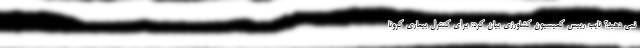
نمی دهید؟ نایب رییس کمیسیون کشاورزی بیان کرد: برای کنترل بیماری کرونا